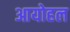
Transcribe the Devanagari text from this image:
आयोहल